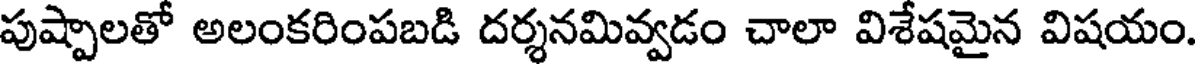
పుష్పాలతో అలంకరింపబడి దర్శనమివ్వడం చాలా విశేషమైన విషయం.